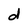
Character: d